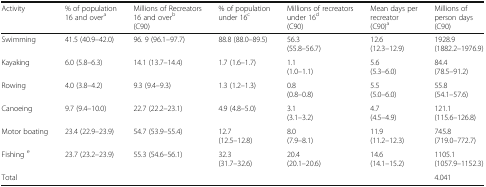
| Activity | % of population 16 and overa | Millions of Recreators 16 and overb(C90) | % of population under 16c | Millions of recreators under 16d(C90) | Mean days per recreator(C90)a | Millions of person days(C90) |
 | --- | --- | --- | --- | --- | --- | --- |
 | Swimming | 41.5 (40.9–42.0) | 96. 9 (96.1–97.7) | 88.8 (88.0–89.5) | 56.3(55.8–56.7) | 12.6(12.3–12.9) | 1928.9(1882.2–1976.9) |
 | Kayaking | 6.0 (5.8–6.3) | 14.1 (13.7–14.4) | 1.7 (1.6–1.7) | 1.1(1.0–1.1) | 5.6(5.3–6.0) | 84.4(78.5–91.2) |
 | Rowing | 4.0 (3.8–4.2) | 9.3 (9.4–9.3) | 1.3 (1.2–1.3) | 0.8(0.8–0.8) | 5.5(5.0–6.0) | 55.8(54.1–57.6) |
 | Canoeing | 9.7 (9.4–10.0) | 22.7 (22.2–23.1) | 4.9 (4.8–5.0) | 3.1(3.1–3.2) | 4.7(4.5–4.9) | 121.1(115.6–126.8) |
 | Motor boating | 23.4 (22.9–23.9) | 54.7 (53.9–55.4) | 12.7(12.5–12.8) | 8.0(7.9–8.1) | 11.9(11.2–12.3) | 745.8(719.0–772.7) |
 | Fishing e | 23.7 (23.2–23.9) | 55.3 (54.6–56.1) | 32.3(31.7–32.6) | 20.4(20.1–20.6) | 14.6(14.1–15.2) | 1105.1(1057.9–1152.3) |
 | Total |  |  |  |  |  | 4.041 |